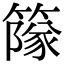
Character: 䉌